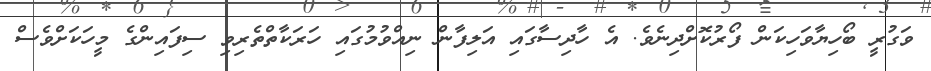
ވަގުރީ ބޯހިޔާވަހިކަން ފޯރުކޮށްދިނެވެ. އެ ހާދިސާގައި އަލިފާން ނިއްވުމުގައި ހަރަކާތްތެރިވި ސިފައިންގެ މީހަކަށްވެސް